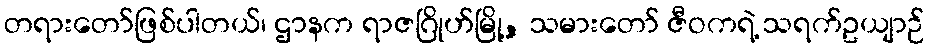
တရားတော်ဖြစ်ပါတယ်၊ ဌာနက ရာဇဂြိုဟ်မြို့, သမားတော် ဇီဝကရဲ့ သရက်ဥယျာဉ်